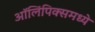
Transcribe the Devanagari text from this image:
ऑलिंपिक्समध्ये